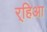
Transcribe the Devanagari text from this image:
र्‍हिआ